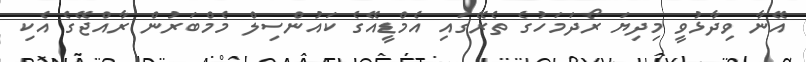
އޭނާ ވިދާޅުވީ މިދިޔަ ރޯދަމަހުގެ ތެރޭގައި އެމްޑީއޭގެ ކައުންސިލް މެމްބަރުން ރާއްޖޭގެ އެކި